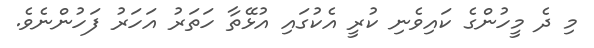
މި ދެ މީހުންގެ ކައިވެނި ކުރީ އެކުގައި އުޅޭތާ ހަތަރު އަހަރު ފަހުންނެވެ.